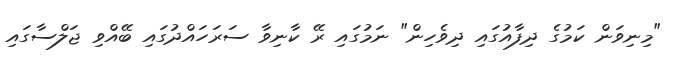
"މިނިވަން ކަމުގެ ދިފާއުގައި ދިވެހިން" ނަމުގައި ރޭ ކާނިވާ ސަރަހައްދުގައި ބޭއްވި ޖަލްސާގައި